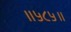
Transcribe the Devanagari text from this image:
॥५८५॥